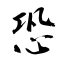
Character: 恐